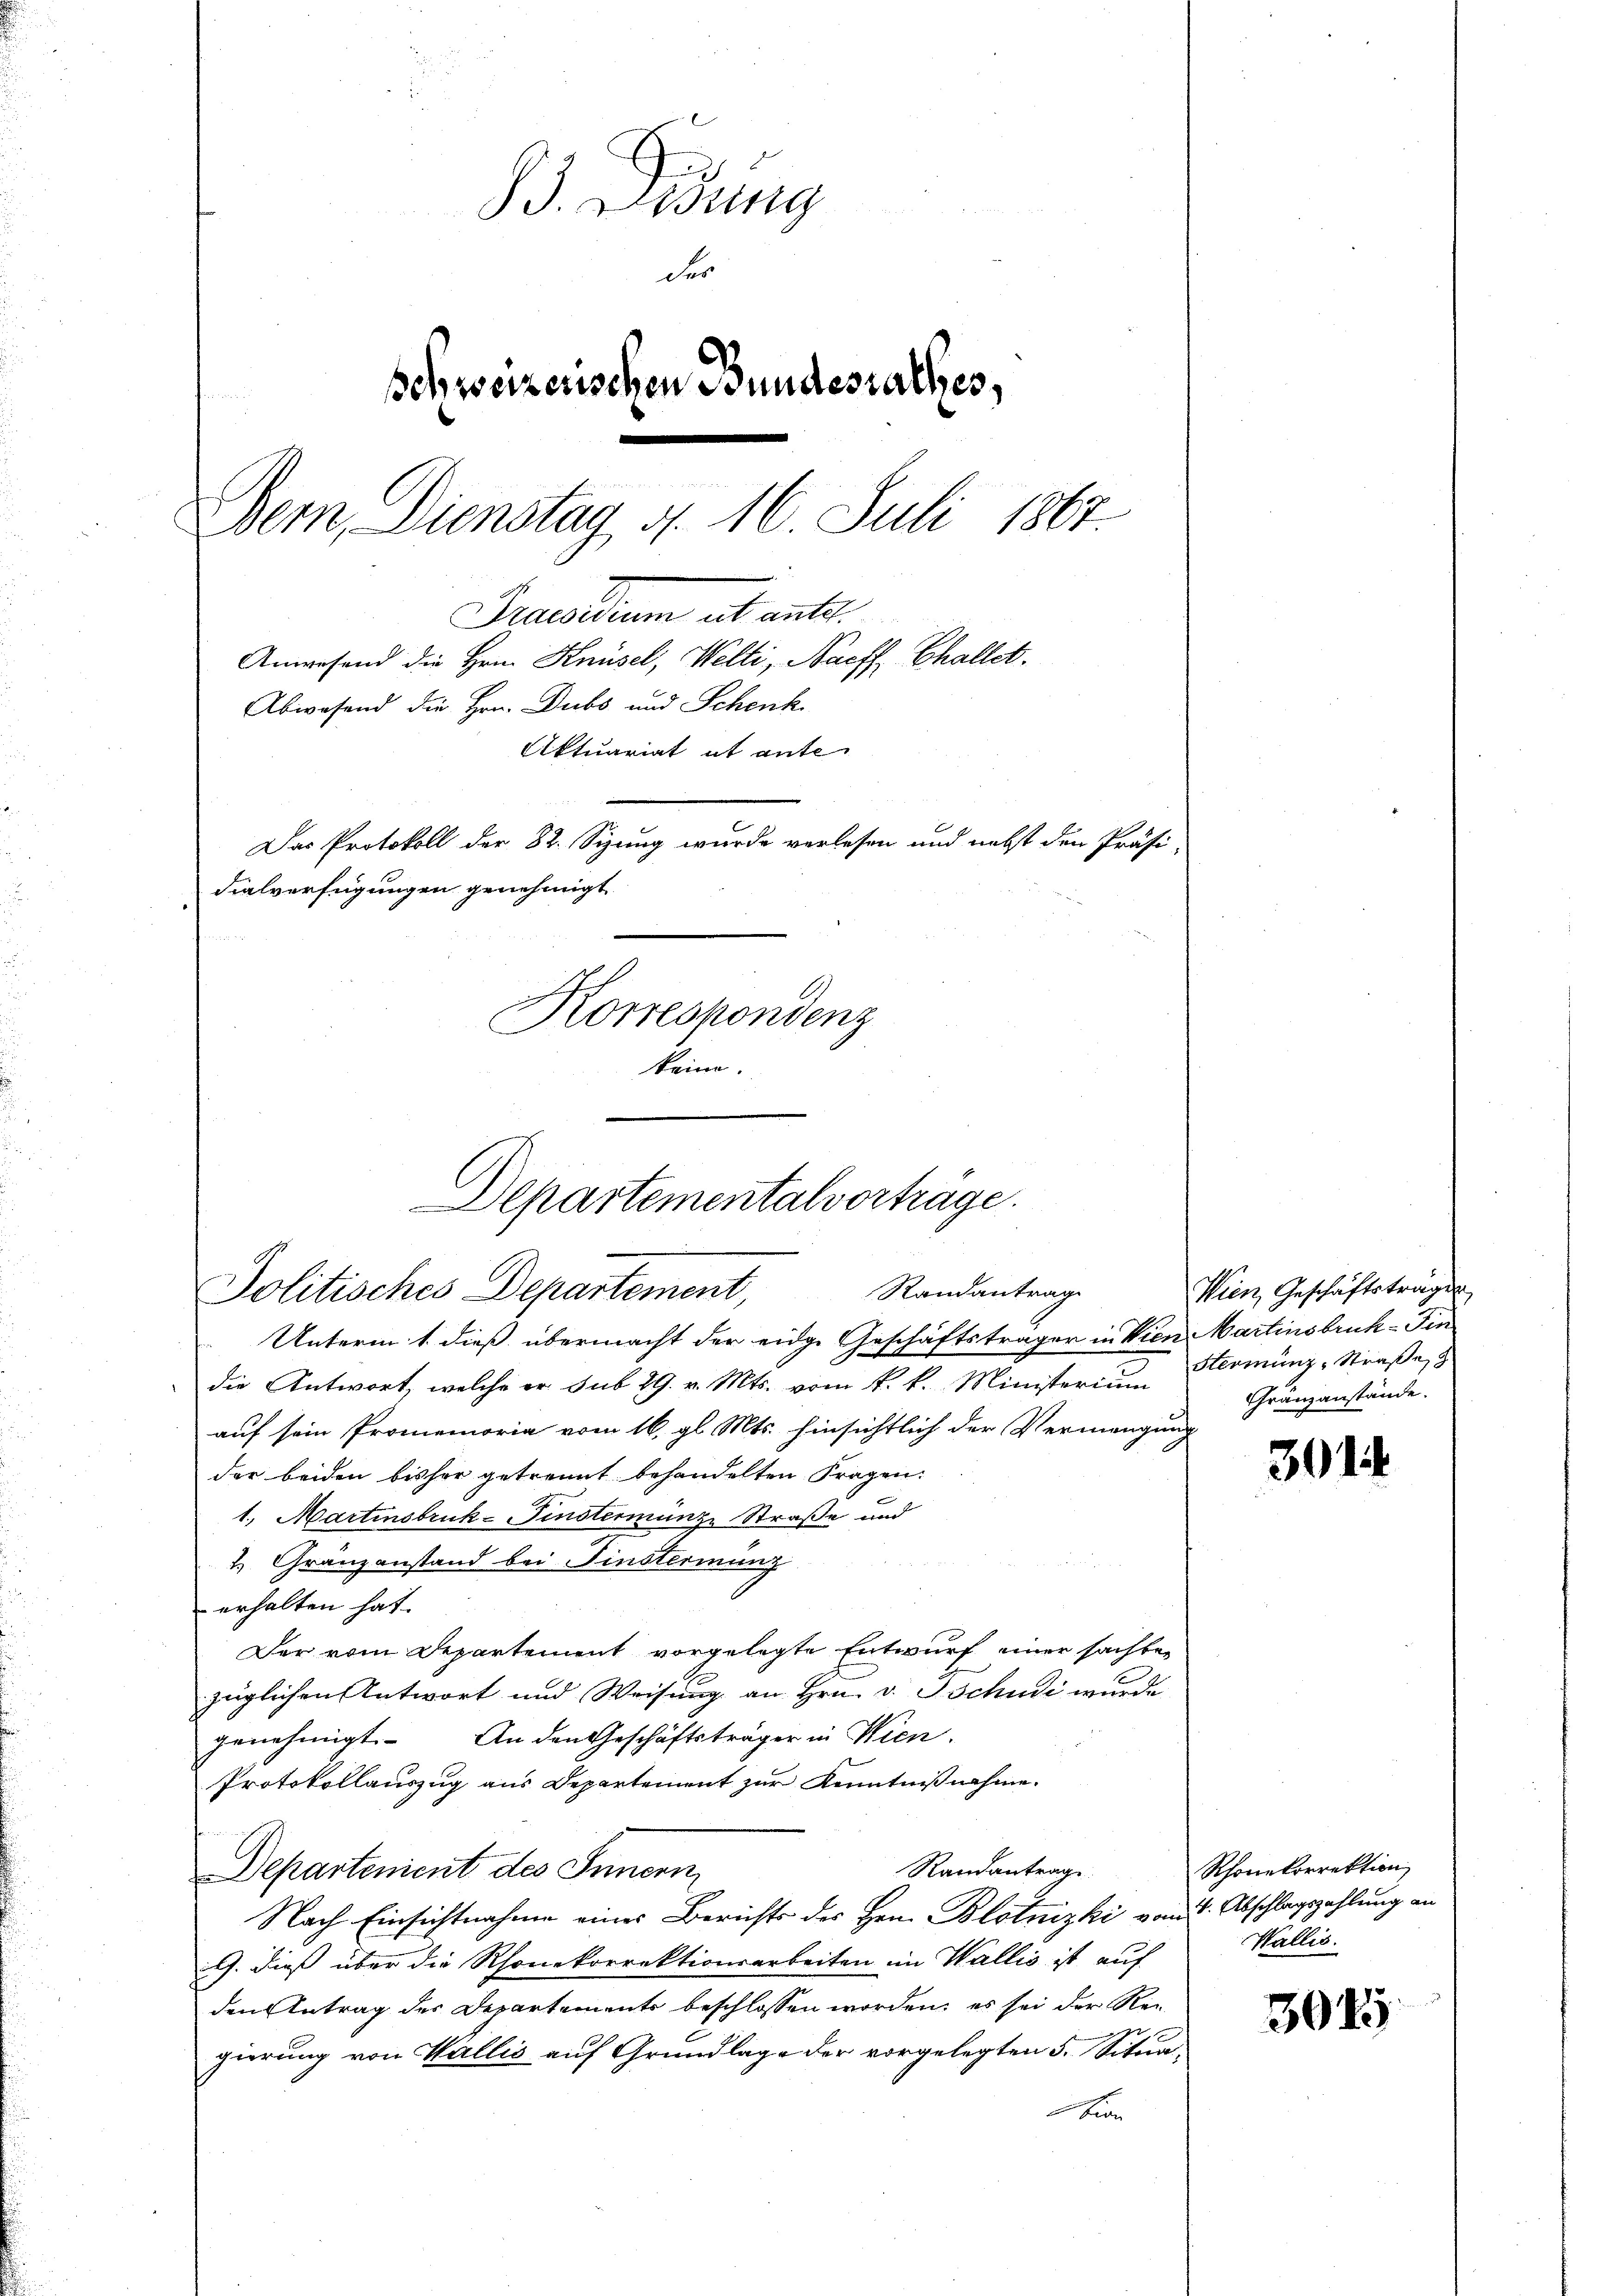
3. Lesung
der
Behweizerischen Bundesrathes,
Bern, Dienstag d. 16 Juli 1867.
Beendium et mit
Anwesend die Hrn. Knüsel, Welti, Nachs Challet.
Abwesend die Hrn. Dubs und Schenk
Aktuariat ut ante
Das Protokoll der 82. Sizung wurde verlesen und nebst den Präsi-
dialverfügungen genehmigt
Korrespondenz
keine.

Unterm 1. dieß übermacht der eidge Geschäftsträger in Vien Martinsbruk-Fin
die Antwort, welche er sub 29. v. Mts. vom k. k. Ministerin Herminz, Straße,
auf sein Promemoria vom 16. gl. Mts. hinsichtlich der Vermengung
der beiden bisher getrennt behandelten Fragen.
1. Martinsbruk-Finstermange Straße und
2. Gränzanstand bei Finsterminz
erhalten hat.
Der vom Departement vorgelegte Entwurf einer sachber
züglichen Antwort und Weisung an Hrn. v. Tschudi wurde
genehmigt. An den Geschäftsträger in Wien,
Protokollauszug aus Departement zur Kenntnißnahme.
Randantrage
Departenient des Innern,
Nach Einsichtnahme eines Berichts des Hrn. Blotnizki vom 1. Abschlagszahlung an
G. dieß über die Rhonekorrektionsarbeiten im Wallis ist auf
den Antrag des Departements beschlossen worden; es sei der Rei
gierung von Wallis auf Grundlage der vorgelegten 5. Situabian

Departementalvertrage.
Politisches Departement, Randantrage

Wien Geschäftsträgen
Gränzanstände.

301.

Rhonekorrektion
Wallis.

3045